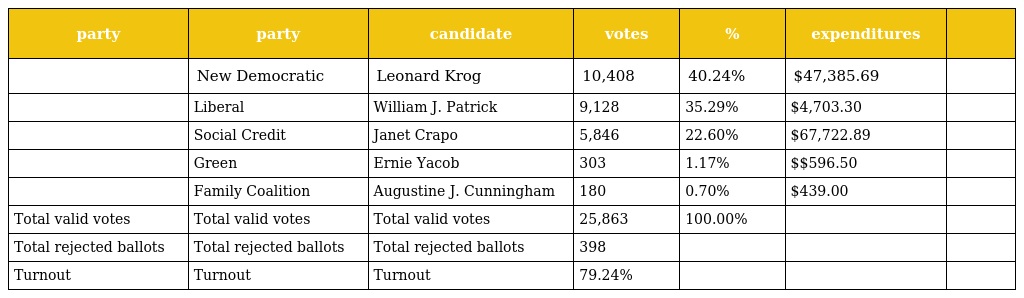
| party | party | candidate | votes | % | expenditures |  |
 | --- | --- | --- | --- | --- | --- | --- |
 |  | New Democratic | Leonard Krog | 10,408 | 40.24% | $47,385.69 |  |
 |  | Liberal | William J. Patrick | 9,128 | 35.29% | $4,703.30 |  |
 |  | Social Credit | Janet Crapo | 5,846 | 22.60% | $67,722.89 |  |
 |  | Green | Ernie Yacob | 303 | 1.17% | $$596.50 |  |
 |  | Family Coalition | Augustine J. Cunningham | 180 | 0.70% | $439.00 |  |
 | Total valid votes | Total valid votes | Total valid votes | 25,863 | 100.00% |  |  |
 | Total rejected ballots | Total rejected ballots | Total rejected ballots | 398 |  |  |  |
 | Turnout | Turnout | Turnout | 79.24% |  |  |  |